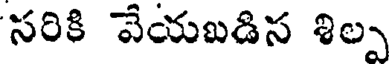
సరికి వేయబడిస శిల్ప